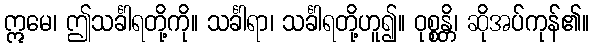
ဣမေ၊ ဤသင်္ခါရတို့ကို။ သင်္ခါရာ၊ သင်္ခါရတို့ဟူ၍။ ဝုစ္စန္တိ၊ ဆိုအပ်ကုန်၏။